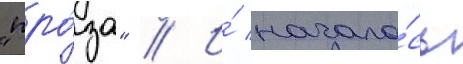
"про́за" // И́ начало́сь